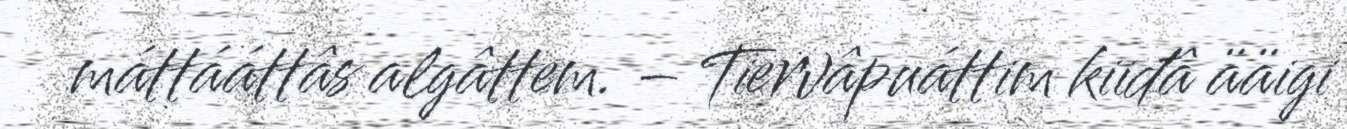
máttááttâs algâttem. – Tiervâpuáttim kiiđâ ääigi